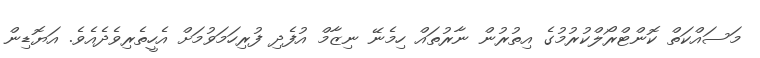
މަސައްކަތް ކޮންޓްރޯލްކުރުމުގެ އިތުރުން ނާރުތައް ހިމެނޭ ނިޒާމް އުފެދި ފުރިހަމަވުމަށް އެހީތެރިވެދެއެވެ. އަޔޮޑިން